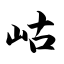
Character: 岵